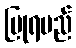
ပြုရမည်